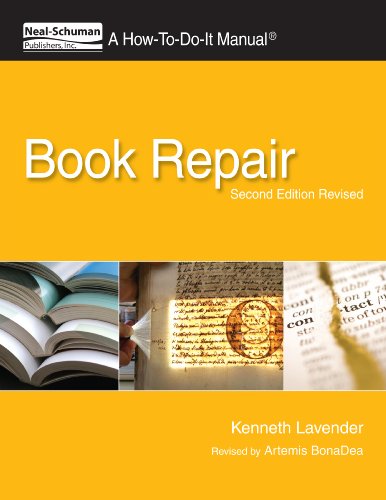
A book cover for Book Repair: A How-To-Do-It Manual, Second Edition Revised (How-To-Do-It Manual Series (for Librarians)); Kenneth Lavender; Crafts, Hobbies & Home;